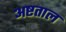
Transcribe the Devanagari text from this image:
अष्टताल